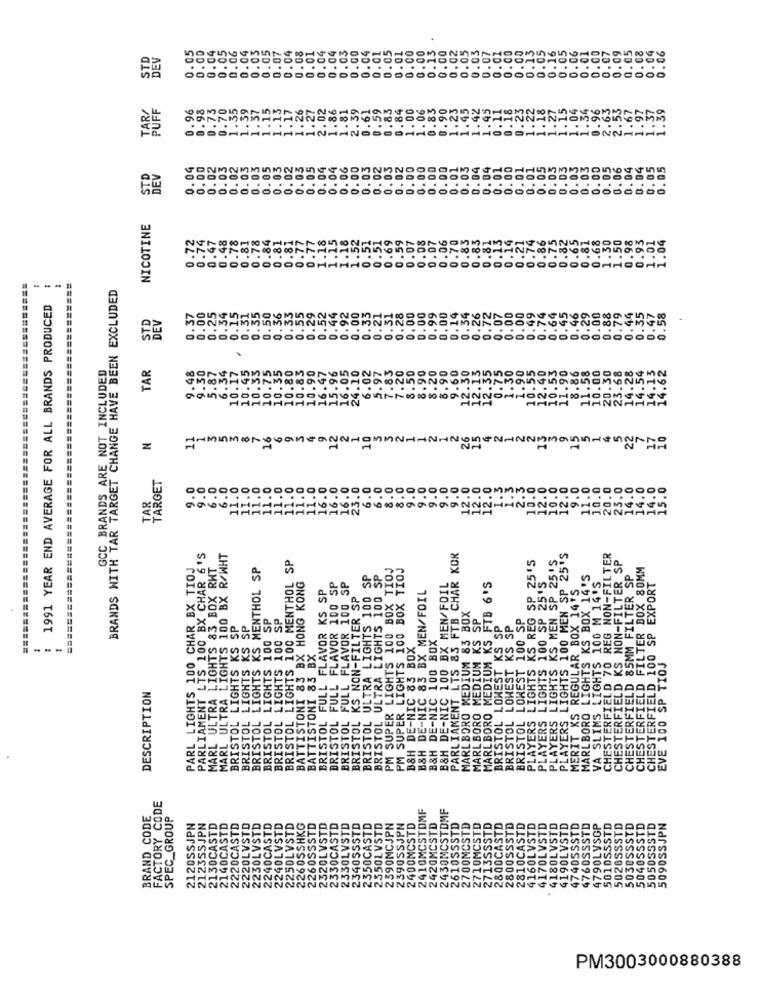
0.03
0.05
0.08
0.04
0.00
0.00
0.00
DEV
0.0
0.07
0.04
0.01
0.04
0.0
0.04
3.00
0.1.
0.0.
0.0
0.0
PUFF
0.96
0.98
0.73
0.70
1.35
1.39
1.37
1.15
1.13
1.17
1.26
1.27
2.02
1.86
1.81
2.39
0.61
0.59
0.84
1.00
1.06
0.83
0.90
.45
0.11
0.18
0.23
1.18
04
1.34
1.2
1.2
0.96
.67
1.
2.1
0.02
0.03
0.05
0.04
0.00
0.02
0.03
0.03
0.03
0.02
0.03
05
04
06
0.00
0. 03
0.02
0.03
0.02
0.00
0.00
0.00
0.00
0.01
0.03
0.04
0.04
0.01
0.00
0.01
0.01
0.05
0.05
0.03
0.03
0.03
0.00
0.05
0.06
0.04
0.04
0.05
0.05
STD
0.
NICOTINE
0.72
0.74
0.47
0.48
0.78
0.81
0.78
0.84
0.81
0.81
0.77
0.77
1.18
1.15
1.18
1.52
0.51
0.51
0.69
0.59
0.07
0.08
0.07
0.06
0.70
0.83
0.83
0.13
0.14
0.21
0.74
0.86
0.75
0.82
0.65
0.81
0.68
1.30
1.50
0.98
0.93
1.01
1.04
0.81
BRANDS NITH TAR TARGET CHANGE HAVE BEEN EXCLUDED
1991 YEAR END AVERAGE FOR ALL BRANDS PRODUCED
0.00
0.25
0.15
0.50
0.36
0.33
0.55
0.29
0.52
0.33
0.21
0. 31
0.28
0.00
0.00
0.72
0.00
0.49
0.64
0.45
0.46
0.88
0.79
0.35
0.47
0.34
0.31
0.35
0.44
0.92
0.00
0.99
0.00
0.14
0.54
0.26
0.07
0.00
0.74
0.29
0.00
0.44
158
STE
GCC BRANDS ARE NOT INCLUDED
TAR
1.48
9.30
5.87
6.34
10.17
10.33
10.75
10.35
10.80
10.83
10.90
16.47
15.96
16.05
24.10
6.02
.90
8.20
8.90
9.60
.90
10.55
12.40
.90
10.45
5.97
12.30
12.1
2.35
0.75
1.30
0.5.
0.0
16
1
N
TARGET
. 0
.0
5.0
1.0
.0
11.0
11.0
.0
1.0
1.0
16.0
16.0
16.0
23.0
6.0
3.0
.0
TAR
9.
6.
10.
12.
INNONONONOOMEten
PARLIAMENT LTS 100 BX CHAR 6'S
MARL ULTRA LIGHTS 100 BX R/WHT
BRISTOL LIGHTS 100 MENTHOL SP
PARLIAMENT LTS 83 FTB CHAR KOR
PLAYERS LIGHTS KS REG SP 25'5
PLAYERS LIGHTS KS MEN SP 25'S
PLAYERS LIGHTS 100 MEN SP 25'S
CHESTERFIELD 70 REG NON-FILTER
CHESTERFIELD KS NON-FILTER SP
PARL LIGHTS 100 CHAR BX TIOJ
MARL ULTRA LIGHTS 83 BOX RHT
BRISTOL LIGHTS KS MENTHOL SP
PM SUPER LIGHTS 100 BOX TIOJ
PM SUPER LIGHTS 100 BOX TIOJ
CHESTERFIELD FILTER BOX 80MM
BRISTOL ULTRA LIGHTS 100 SP
BRISTOL ULTRA LIGHTS 100 SP
MARLBORO LIGHTS KS BOX 14'S
VA SLIMS LIGHTS 100 M 14'S
CHESTERFIELD 85MM FILTER SP
CHESTERFIELD 100 SP EXPORT
BATTISTONI 83 BX HONG KONG
BRISTOL FULL FLAVOR KS SP
BRISTOL FULL FLAVOR 100 SP
FULL FLAVOR 100 SP
B&H DE-NIC 100 BX MEN/FOIL
MEDIUM KS FTB 6'S
PLAYERS LIGHTS 100 SP 25'S
MERIT KS REGULAR BOX 14'S
BRISTOL KS NON-FILTER SP
B&H DE-NIC 83 BX MEN/FOIL
BRISTOL LIGHTS 100 SP
BRISTOL LIGHTS 100 SP
MARLBORO MEDIUM 83 BOX
MARLBORO MEDIUM KS SP
BRISTOL LOWEST 100 SP
BRISTOL LIGHTS KS SP
BRISTOL LIGHTS KS SP
BRISTOL LOWEST KS SP
BRISTOL LOWEST KS SP
B&H DE-NIC 100 BOX
B&H DE-NIC 83 BOX
--.
BATTISTONI 83 BX
EVE 100 SP TIOJ
DESCRIPTION
MARLBORO
BRISTOL
FACTORY CODE
2410MCSTOMF
2430MCSTDMF
BRAND CODE
SPEC_GROUP
21235SJPN
2140CASTD
2240CASTD
2240LVSTD
2250LVSTD
2260SSSTD
2320LVSTD
330CASTD
2330LVSTD
390SSJPN
STD
STD
4190LVSTD
2120SSJPN
2130CASTD
2220CASTD
2220LVSTD
2230LVSTD
2260SSHKG
2340555TD
2350CASTD
2550LVSTD
2390MCJPN
MCSTD
2420MCSTD
STD
2610SSSTD
2700MCSTD
2710MCSTD
CASTD
LVSTD
4180LVSTD
4740SSSTD
4760SSSTD
4790LVSGP
PM3003000880388